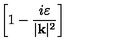
\left[ 1 - \frac { i \varepsilon } { | \mathbf { k } | ^ { 2 } } \right]